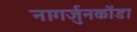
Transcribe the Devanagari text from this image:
नागर्जुनकोंडा